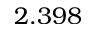
2 . 3 9 8